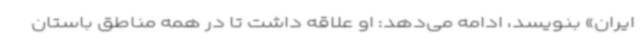
ایران» بنویسد، ادامه می‌دهد: او علاقه داشت تا در همه مناطق باستان